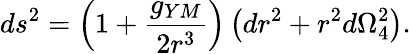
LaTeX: ds^{2}=\left(1+\frac{g_{YM}}{2r^{3}}\right)\left(dr^{2}+r^{2}d\Omega_{4}^{2}\right).